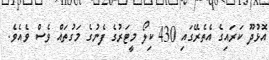
އޮޅުދޫ ކަރައިގެ އެތެރޭގައި 430 ކިލޯ މީޓަރުގެ ފެނުގެ މަގުތައް ވެސް ވެއެވެ.